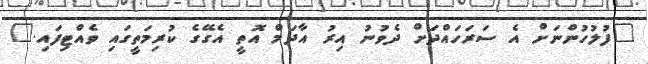
"ފުލުހުންނަށް އެ ސަރަހައްދަށް ދެވުނު އިރު އާދަމް އޮތީ އެގޭގެ ކުރިމަތީގައި ވެއްޓިފައި."